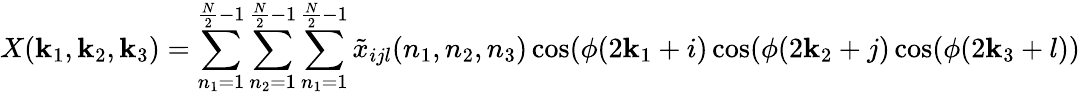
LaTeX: X(\mathbf{k}_{1},\mathbf{k}_{2},\mathbf{k}_{3})=\sum_{n_{1}=1}^{{\frac{{N}}{{2}}}-1}\sum_{n_{2}=1}^{{\frac{{N}}{{2}}}-1}\sum_{n_{1}=1}^{{\frac{{N}}{{2}}}-1}{\tilde{{x}}}_{ijl}(n_{1},n_{2},n_{3})\cos(\phi(2\mathbf{k}_{1}+i)\cos(\phi(2\mathbf{k}_{2}+j)\cos(\phi(2\mathbf{k}_{3}+l))